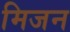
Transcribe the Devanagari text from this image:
मिजन